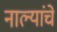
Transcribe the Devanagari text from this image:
नाल्यांचे